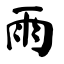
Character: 雨